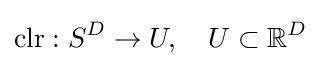
\operatorname {clr} :S^{D}\rightarrow U,\quad U\subset \mathbb {R} ^{D}